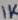
Text: 1K